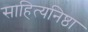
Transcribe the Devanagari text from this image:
साहित्यनिष्ठा